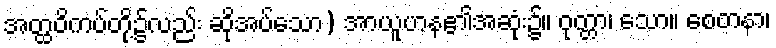
အတ္ထဝိကပ်တို့၌လည်း ဆိုအပ်သော) အာယူဟန၏အဆုံး၌။ ဝုတ္တာ၊ သော။ စေတနာ၊